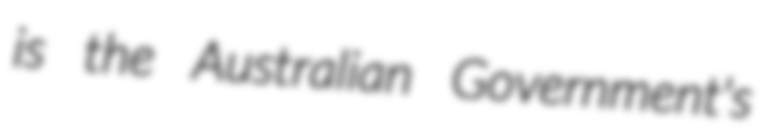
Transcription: is the Australian Government's